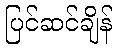
ပြင်ဆင်ချိန်